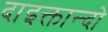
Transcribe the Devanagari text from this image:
दाइक्तान्दो